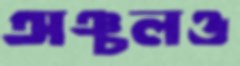
অঞ্চলও